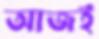
আজই